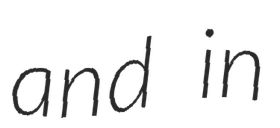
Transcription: and in